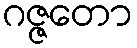
ဂဇ္ဇတော